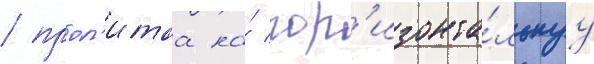
/ прол'итаа на́ гор'изонта́льнуу